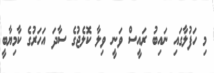
މި ހަފުލާގައި ނައިބު ރައީސް ވަނީ ވިލާ ކޮލެޖުގެ ސާދަ އަހަރުގެ ކާމިޔާބީ